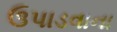
ઉપાડવાના